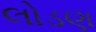
લોડણ